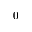
0